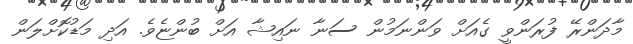
މާދަންރޭ ފުރަންވީ ގެއަށް ވަންނަމުން ސަނާ ނައިޝާ އަށް ބުންޏެވެ. އަދި މަޑުކޮށްލަން